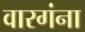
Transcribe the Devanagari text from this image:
वारगंना